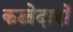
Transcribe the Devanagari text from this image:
कब्जेदारों